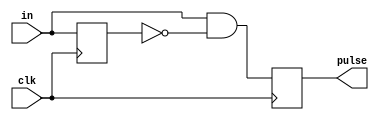
`timescale 1ns / 1ps
//////////////////////////////////////////////////////////////////////////////////
// Company: 
// Engineer: 
// 
// Design Name: 
// Module Name: one_pulse
// Project Name: 
// Target Devices: 
// Tool Versions: 
// Description: 
// 
// Dependencies: 
// 
// Revision:
// Revision 0.01 - File Created
// Additional Comments:
// 
//////////////////////////////////////////////////////////////////////////////////


module one_pulse(
    input clk,
    input in,
    output reg pulse
    );
    reg in_delay;
    reg out_next;
    always @(posedge clk)
        in_delay <= in;
    always @*
        out_next = in & (~in_delay);
    always @(posedge clk)
        pulse <= out_next;
endmodule